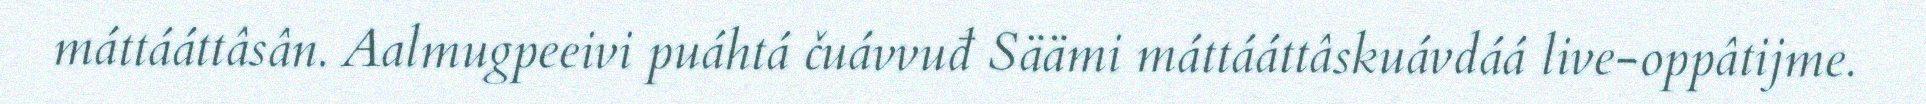
máttááttâsân. Aalmugpeeivi puáhtá čuávvuđ Säämi máttááttâskuávdáá live-oppâtijme.